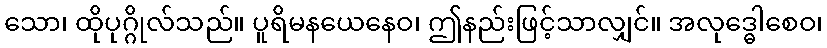
သော၊ ထိုပုဂ္ဂိုလ်သည်။ ပူရိမနယေနေဝ၊ ဤနည်းဖြင့်သာလျှင်။ အလုဒ္ဓေါစေဝ၊